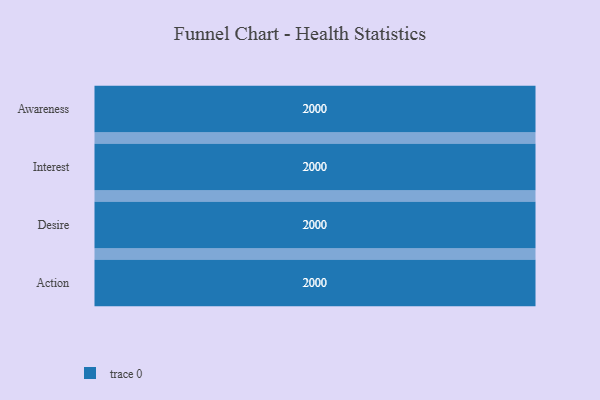
{"axis": {"x": "Stage", "y": "Value"}, "legend": [""], "data": [{"x": "Awareness", "y": 2000, "type": ""}, {"x": "Interest", "y": 2000, "type": ""}, {"x": "Desire", "y": 2000, "type": ""}, {"x": "Action", "y": 2000, "type": ""}]}